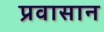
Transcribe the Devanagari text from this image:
प्रवासान